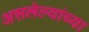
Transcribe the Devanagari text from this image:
असलेल्यांच्या